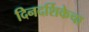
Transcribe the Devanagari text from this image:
दिनदर्शिकेचा